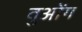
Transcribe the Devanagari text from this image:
वुओंग